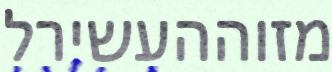
מזוההעשירל